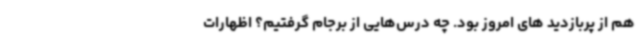
هم از پربازدید های امروز بود. چه درس‌هایی از برجام گرفتیم؟ اظهارات